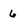
Character: 6